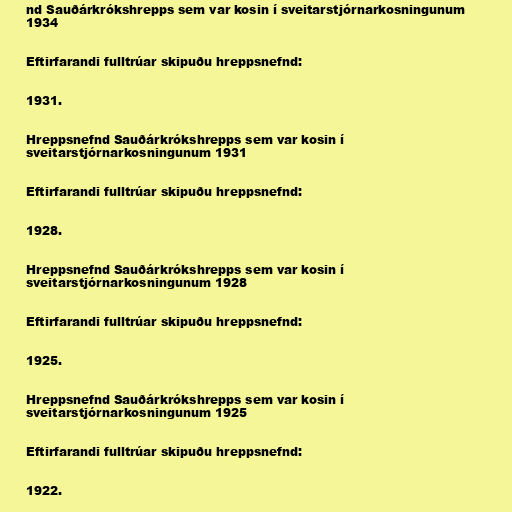
nd Sauðárkrókshrepps sem var kosin í sveitarstjórnarkosningunum
1934

Eftirfarandi fulltrúar skipuðu hreppsnefnd:

1931.

Hreppsnefnd Sauðárkrókshrepps sem var kosin í
sveitarstjórnarkosningunum 1931

Eftirfarandi fulltrúar skipuðu hreppsnefnd:

1928.

Hreppsnefnd Sauðárkrókshrepps sem var kosin í
sveitarstjórnarkosningunum 1928

Eftirfarandi fulltrúar skipuðu hreppsnefnd:

1925.

Hreppsnefnd Sauðárkrókshrepps sem var kosin í
sveitarstjórnarkosningunum 1925

Eftirfarandi fulltrúar skipuðu hreppsnefnd:

1922.